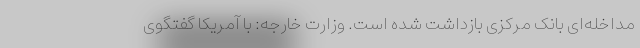
مداخله‌ای بانک مرکزی بازداشت شده است. وزارت خارجه: با آمریکا گفتگوی